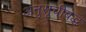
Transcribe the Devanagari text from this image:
अनुसूचीबद्ध